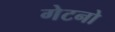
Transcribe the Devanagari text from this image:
गेटनो